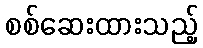
စစ်ဆေးထားသည့်